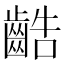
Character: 䶜